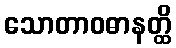
သောတာဝဓာနတ္ထိ